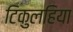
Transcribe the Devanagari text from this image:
टिकुलहिया